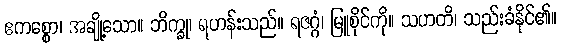
ဧကစ္စော၊ အချို့သော။ ဘိက္ခု၊ ရဟန်းသည်။ ရဇဂ္ဂံ၊ မြူစိုင်ကို။ သဟတိ၊ သည်းခံနိုင်၏။